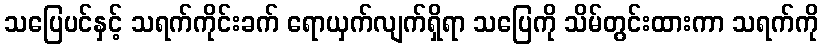
သပြေပင်နှင့် သရက်ကိုင်းခက် ရောယှက်လျက်ရှိရာ သပြေကို သိမ်တွင်းထားကာ သရက်ကို